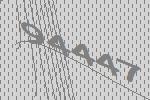
94447